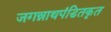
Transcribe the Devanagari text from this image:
जगन्नाथपंडितकृत